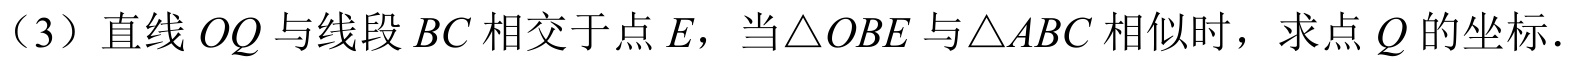
（3）直线\(OQ\)与线段\(BC\)相交于点\(E\)，当\(\triangle OBE\)与\(\triangle ABC\)相似时，求点\(Q\)的坐标．